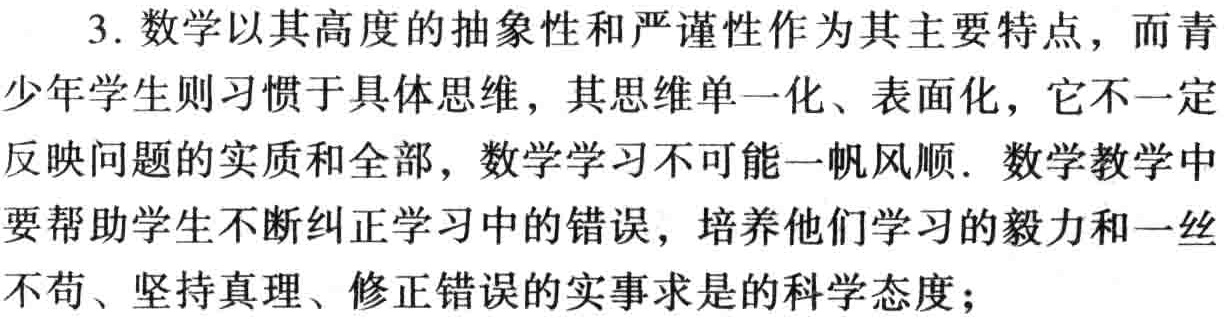
3. 数学以其高度的抽象性和严谨性作为其主要特点，而青少年学生则习惯于具体思维，其思维单一化、表面化，它不一定反映问题的实质和全部，数学学习不可能一帆风顺. 数学教学中要帮助学生不断纠正学习中的错误，培养他们学习的毅力和一丝不苟、坚持真理、修正错误的实事求是的科学态度；